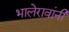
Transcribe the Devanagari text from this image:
भालेरावांनी